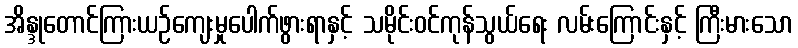
အိန္ဒုတောင်ကြားယဉ်ကျေးမှုပေါက်ဖွားရာနှင့် သမိုင်းဝင်ကုန်သွယ်ရေး လမ်းကြောင်းနှင့် ကြီးမားသော